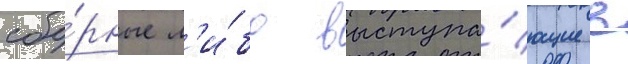
сбо́рные л'и́бо выступа́ющие в